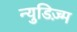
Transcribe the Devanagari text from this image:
न्युडिज़्म